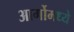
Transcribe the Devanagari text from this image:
आर्गोमध्ये